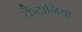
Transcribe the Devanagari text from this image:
कैटानिया